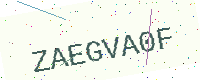
Text: ZAEGVA0F